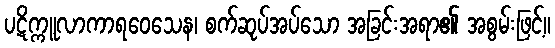
ပဋိက္ကူလာကာရဝေသေန၊ စက်ဆုပ်အပ်သော အခြင်းအရာ၏ အစွမ်းဖြင့်။